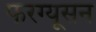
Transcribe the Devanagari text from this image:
फरग्यूसन